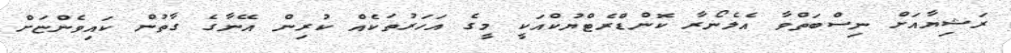
ރަޝިޔާއަށް ނިސްބަތްވާ އެލެނޯރާ ކޮންޑްރެޓްޔުކްއަކީ މީގެ އަހަރުތަކެއް ކުރިން އޭނާގެ ގާތުން ކައިވެންޏަށް